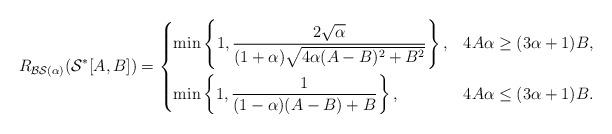
LaTeX: \begin{align*}R_{\mathcal{BS}(\alpha)}(\mathcal{S^{*}}[A,B])&=\begin{dcases}\min \left\{1,\dfrac{2\sqrt{\alpha}}{(1+\alpha)\sqrt{4\alpha (A-B)^2 +B^2}}\right\},& 4A \alpha \geq (3\alpha+1)B, \\\min \left\{1,\dfrac{1}{(1-\alpha)(A-B)+B}\right\}, & 4A \alpha\leq (3\alpha+1)B .\end{dcases}\end{align*}